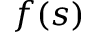
f ( s )